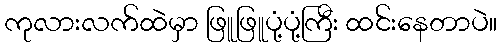
ကုလားလက်ထဲမှာ ဖြူဖြူပုံ့ပုံ့ကြီး ထင်းနေတာပဲ။